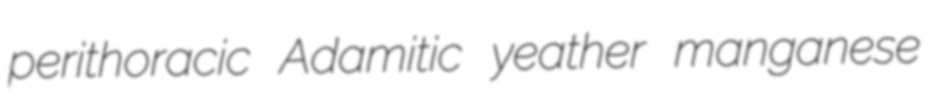
perithoracic Adamitic yeather manganese